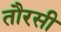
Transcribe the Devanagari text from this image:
तौरसी